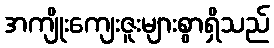
အကျိုးကျေးဇူးများစွာရှိသည်